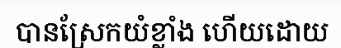
បានស្រែកយំខ្លាំង ហើយដោយ